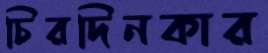
চিরদিনকার